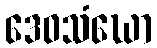
ဒေဝသံဃော